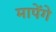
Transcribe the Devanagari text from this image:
मापेंगे